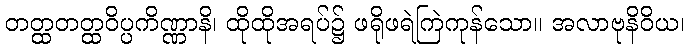
တတ္ထတတ္ထဝိပ္ပကိဏ္ဏာနိ၊ ထိုထိုအရပ်၌ ဖရိုဖရဲကြဲကုန်သော။ အလာဗုနိဝိယ၊